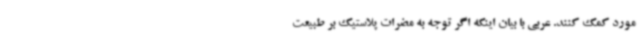
مورد کمک کنند. عربی با بیان اینکه اگر توجه به مضرات پلاستیک بر طبیعت